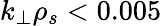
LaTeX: k_{\perp}\rho_{s}<0.005